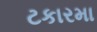
ટકારમા